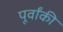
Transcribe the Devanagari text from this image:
पूर्वांकी